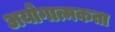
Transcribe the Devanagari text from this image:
अयोगात्मकता